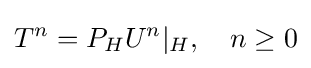
T^{n}=P_{H}U^{n}\vert _{H},\quad n\geq 0